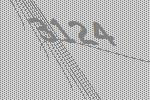
3124